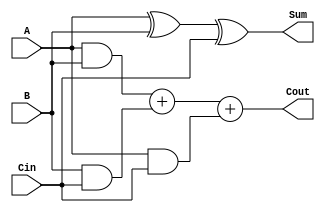
// Michael Kearton
// Structural design for a full adder using Verilog  
module fulladder2( 
 	input  A, B, Cin,  	
	output Sum, Cout); 
	
	assign Sum = A ^ B ^ Cin;
	assign Cout = (A & B) + (B & Cin) + (A & Cin);

endmodule